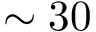
\sim 3 0